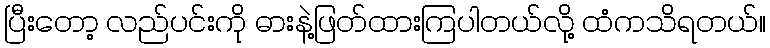
ပြီးတော့ လည်ပင်းကို ဓားနဲ့ဖြတ်ထားကြပါတယ်လို့ ထံကသိရတယ်။